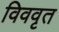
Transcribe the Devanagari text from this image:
विववृत